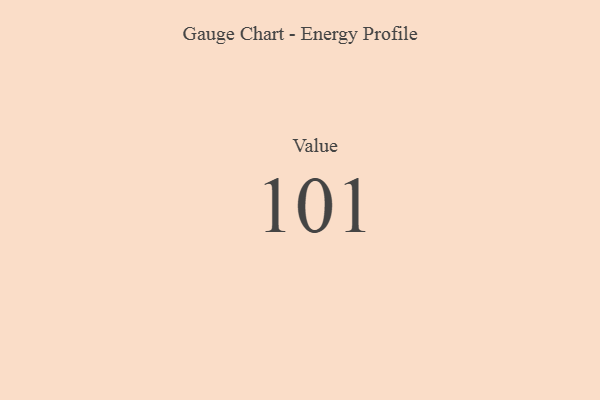
{"axis": {"x": "Metric", "y": "Value"}, "legend": [""], "data": [{"x": "Value", "y": 101, "type": ""}]}